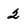
Character: 2